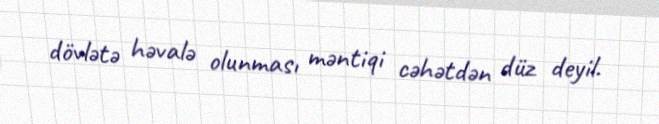
dövlətə həvalə olunması məntiqi cəhətdən düz deyil.